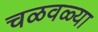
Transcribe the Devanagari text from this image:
चळवळ्या